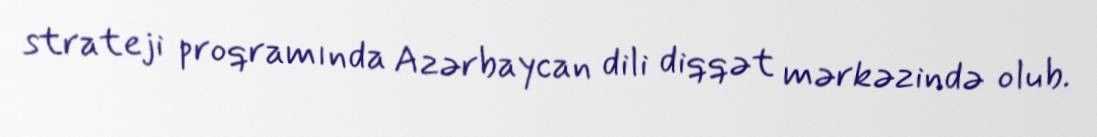
strateji proqramında Azərbaycan dili diqqət mərkəzində olub.